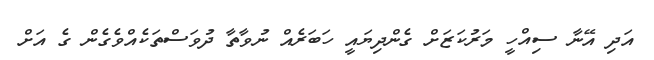
އަދި އޭނާ ސިއްހީ މަރުކަޒަށް ގެންދިޔައީ ހަބަރެއް ނުވާތާ ދުވަސްތަކެއްވެގެން ގެ އަށް